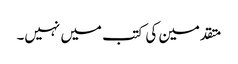
متقدمین کی کتب میں نہیں۔